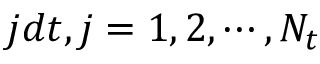
j d t , j = 1 , 2 , \cdots , N _ { t }